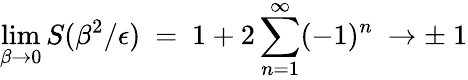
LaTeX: \operatorname*{lim}_{\beta\rightarrow 0}S(\beta^{2}/\epsilon)\ =\ 1+2\sum_{n=1}^{\infty}(-1)^{n}\ \rightarrow\pm\ 1